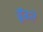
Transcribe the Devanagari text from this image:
ढूॅढते